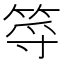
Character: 𥭐